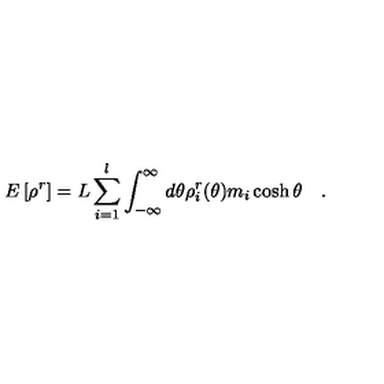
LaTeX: E \left[ \rho ^ { r } \right] = L \sum _ { i = 1 } ^ { l } \int _ { - \infty } ^ { \infty } d \theta \rho _ { i } ^ { r } ( \theta ) m _ { i } \cosh \theta \quad .